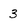
Character: 3